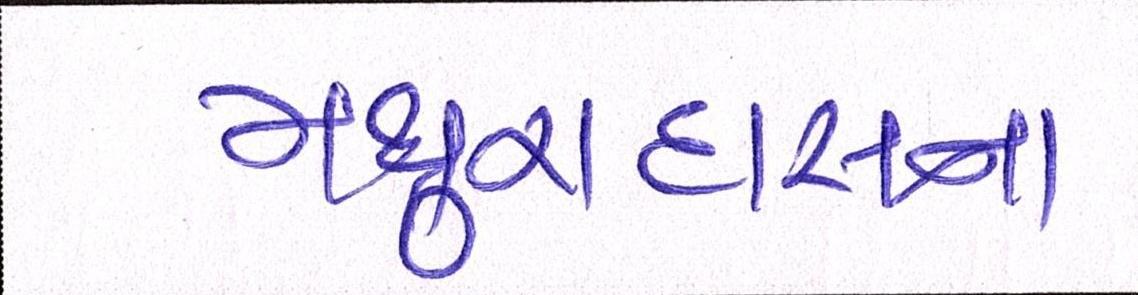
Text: મથુરાદાસના